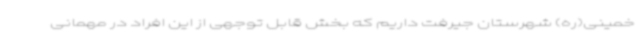
خمینی(ره) شهرستان جیرفت داریم که بخش قابل توجهی از این افراد در مهمانی